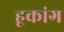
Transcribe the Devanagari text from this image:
हूकांग